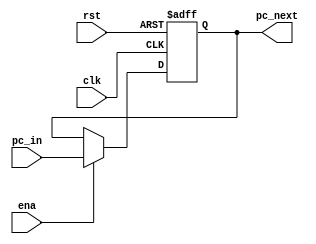
`timescale 1ns / 1ps
//////////////////////////////////////////////////////////////////////////////////
// Company: 
// Engineer: 
// 
// Design Name: 
// Module Name: PC
// Project Name: 
// Target Devices: 
// Tool Versions: 
// Description: 
// 
// Dependencies: 
// 
// Revision:
// Revision 0.01 - File Created
// Additional Comments:
// 
//////////////////////////////////////////////////////////////////////////////////


module PC(
    input clk,
    input rst,
    input ena,
    input [31:0]pc_in,
    output reg [31:0]pc_next//pc
    );

    //pc
    always @(negedge clk or posedge rst) begin
        if(rst)begin
            pc_next<=32'h0040_0000;
        end
        else begin
            if(ena)begin
                pc_next<=pc_in;
            end
        end
    end

endmodule